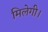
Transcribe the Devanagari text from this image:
मिलेगी।